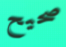
صحيح